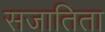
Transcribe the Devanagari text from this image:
सजातिता